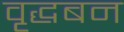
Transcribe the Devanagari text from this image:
वृद्धबन